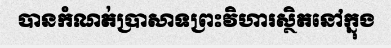
បានកំណត់ប្រាសាទព្រះវិហារស្ថិតនៅក្នុង